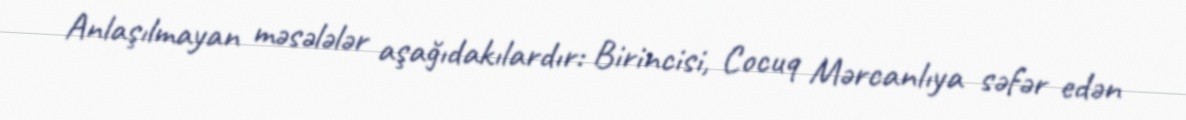
Anlaşılmayan məsələlər aşağıdakılardır: Birincisi, Cocuq Mərcanlıya səfər edən